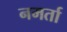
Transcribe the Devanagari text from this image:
नमर्ता